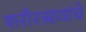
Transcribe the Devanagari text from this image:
शरीरस्रावांचे